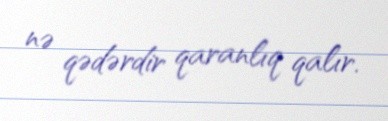
nə qədərdir qaranlıq qalır.